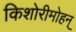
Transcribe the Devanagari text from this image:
किशोरीमोहन्